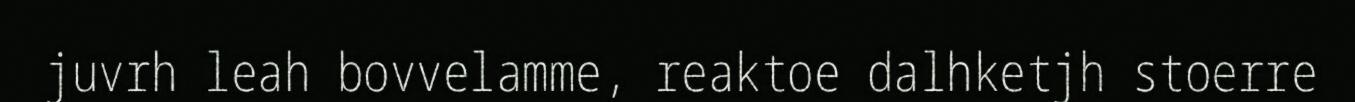
juvrh leah bovvelamme, reaktoe dalhketjh stoerre